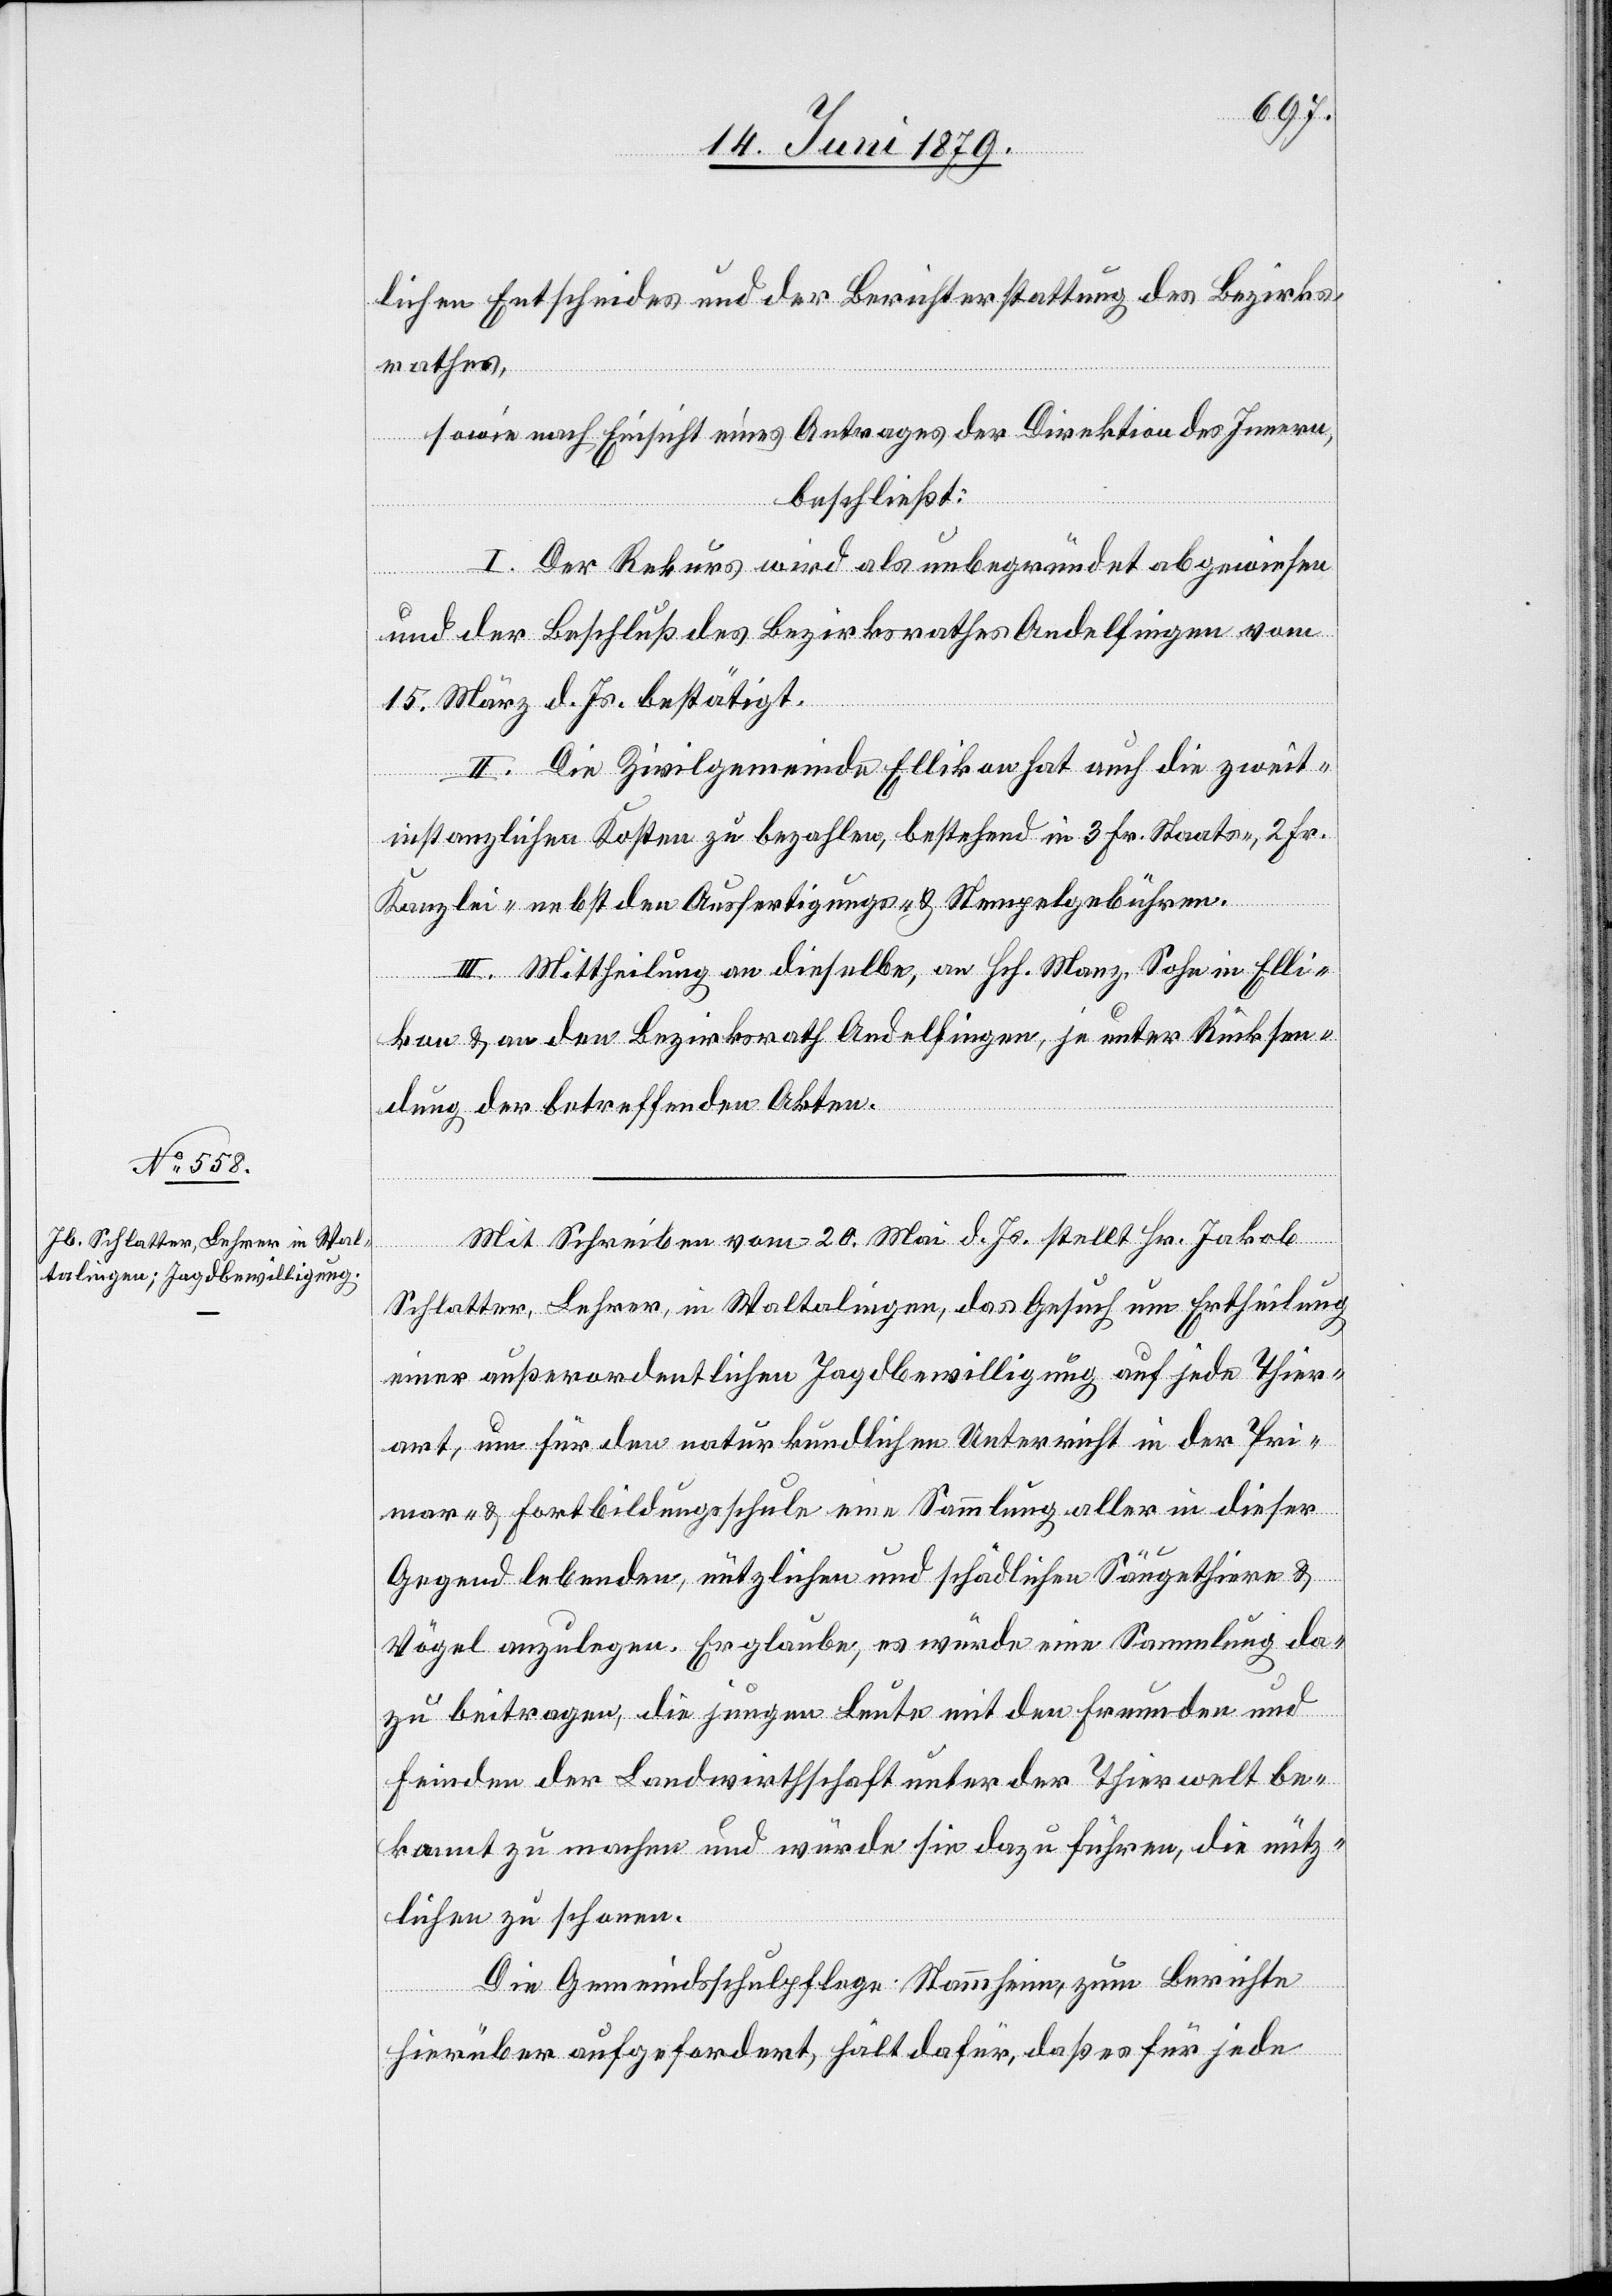
lichen Entscheides und der Berichterstattung des Bezirks¬
rathes,
sowie nach Einsicht eines Antrages der Direktion des Innern,
beschließt:
I. Der Rekurs wird als unbegründet abgewiesen
und der Beschluß des Bezirksrathes Andelfingen vom
15. März d. Js. bestätigt.
II. Die Zivilgemeinde Ellikon hat auch die zweit¬
instanzlichen Kosten zu bezahlen, bestehend in 3 Fr. Staats-, 2 Fr.
Kanzlei- nebst den Ausfertigungs- & Stempelgebühren.
III. Mittheilung an dieselbe, an Hch. Manz, Sohn in Elli¬
kon & an den Bezirksrath Andelfingen, je unter Rücksen¬
dung der betreffenden Akten.
Mit Schreiben vom 20. Mai d. Js. stellt Hr. Jakob
Schlatter, Lehrer, in Waltalingen, das Gesuch um Ertheilung
einer außerordentlichen Jagdbewilligung auf jede Thier¬
art, um für den naturkundlichen Unterricht in der Pri¬
mar- & Fortbildungsschule eine Sammlung aller in dieser
Gegend lebenden, nützlichen und schädlichen Säugethiere &
Vögel anzulegen. Er glaube, es würde eine Sammlung da¬
zu beitragen, die jungen Leute mit den Freunden und
Feinden der Landwirthschaft unter der Thierwelt be¬
kannt zu machen und würde sie dazu führen, die nütz¬
lichen zu schonen.
Die Gemeindsschulpflege Stammheim, zum Berichte
hierüber aufgefordert, hält dafür, daß es für jede